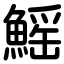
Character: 鰩